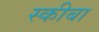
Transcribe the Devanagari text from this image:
स्कीबा